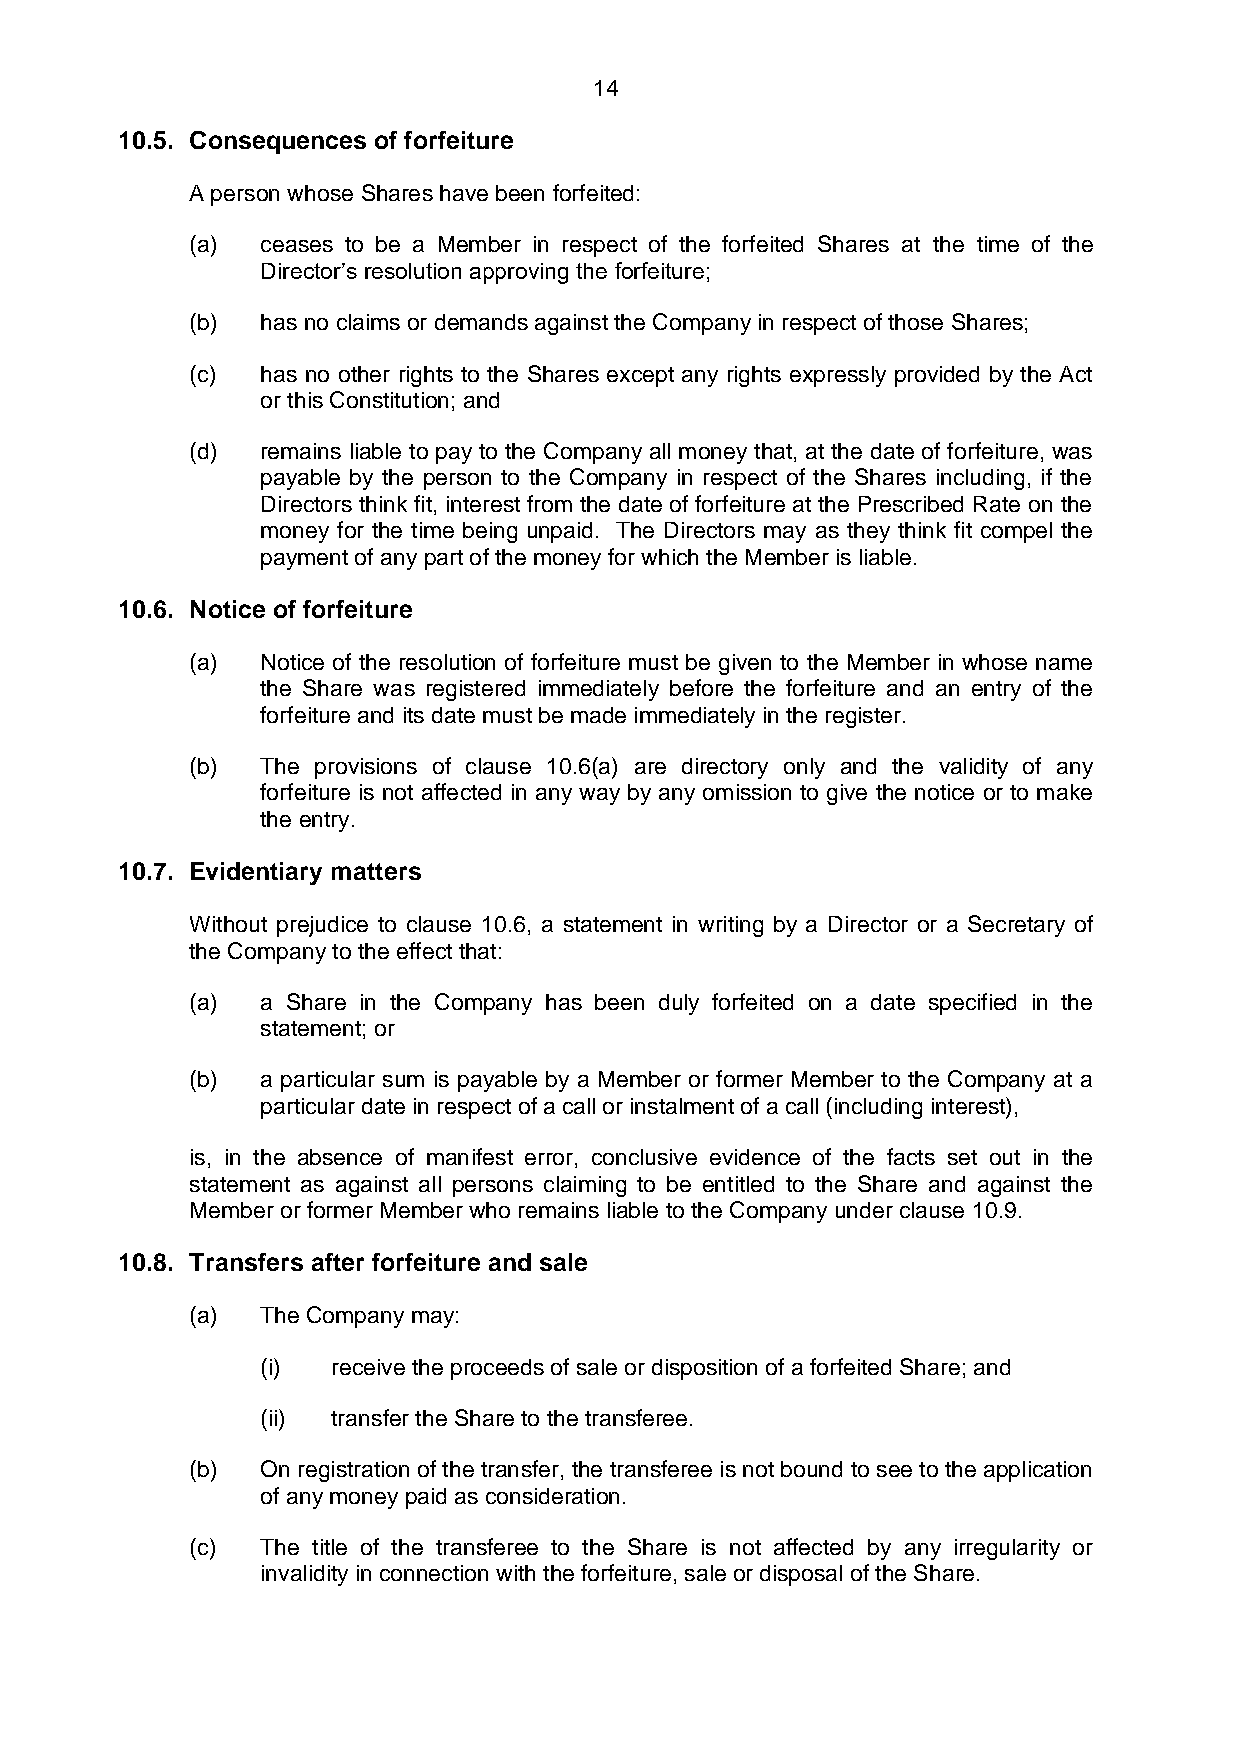
14
 10.5. Consequences of forfeiture
 A person whose Shares have been forfeited:
 (a) ceases to be a Member in respect of the forfeited Shares at the time of the
 Director’s resolution approving the forfeiture;
 (b) has no claims or demands against the Company in respect of those Shares;
 (c) has no other rights to the Shares except any rights expressly provided by the Act
 or this Constitution; and
 (d) remains liable to pay to the Company all money that, at the date of forfeiture, was
 payable by the person to the Company in respect of the Shares including, if the
 Directors think fit, interest from the date of forfeiture at the Prescribed Rate on the
 money for the time being unpaid. The Directors may as they think fit compel the
 payment of any part of the money for which the Member is liable.
 10.6. Notice of forfeiture
 (a) Notice of the resolution of forfeiture must be given to the Member in whose name
 the Share was registered immediately before the forfeiture and an entry of the
 forfeiture and its date must be made immediately in the register.
 (b) The provisions of clause 10.6(a) are directory only and the validity of any
 forfeiture is not affected in any way by any omission to give the notice or to make
 the entry.
 10.7. Evidentiary matters
 Without prejudice to clause 10.6, a statement in writing by a Director or a Secretary of
 the Company to the effect that:
 (a) a Share in the Company has been duly forfeited on a date specified in the
 statement; or
 (b) a particular sum is payable by a Member or former Member to the Company at a
 particular date in respect of a call or instalment of a call (including interest),
 is, in the absence of manifest error, conclusive evidence of the facts set out in the
 statement as against all persons claiming to be entitled to the Share and against the
 Member or former Member who remains liable to the Company under clause 10.9.
 10.8. Transfers after forfeiture and sale
 (a) The Company may:
 (i)  receive the proceeds of sale or disposition of a forfeited Share; and
 (ii) transfer the Share to the transferee.
 (b) On registration of the transfer, the transferee is not bound to see to the application
 of any money paid as consideration.
 (c) The title of the transferee to the Share is not affected by any irregularity or
 invalidity in connection with the forfeiture, sale or disposal of the Share.